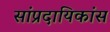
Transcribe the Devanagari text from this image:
सांप्रदायिकांस